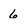
Character: 6